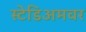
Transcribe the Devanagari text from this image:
स्टेडिअमवर